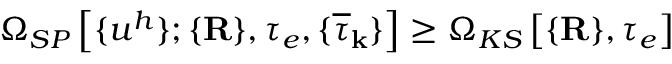
{ \Omega } _ { S P } \left[ \{ u ^ { h } \} ; \{ { \bf R } \} , \tau _ { e } , \{ \overline { { \tau } } _ { \bf k } \} \right] \ge { \Omega } _ { K S } \left[ \{ { \bf R } \} , \tau _ { e } \right]